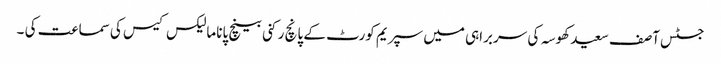
جسٹس آصف سعید کھوسہ کی سربراہی میں سپریم کورٹ کے پانچ رکنی بینچ پاناما لیکس کیس کی سماعت کی ۔